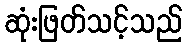
ဆုံးဖြတ်သင့်သည်